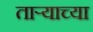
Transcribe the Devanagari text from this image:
ताऱ्‍याच्या